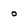
Character: o